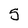
Character: 5